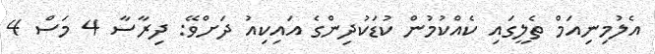
އެލުމިނިއަމް ތެލީގައި ކެއްކުމުން ކުޑަކުދިންގެ އައިކިއު ދަށްވޭ: ދިރާސާ 4 މަސް 4